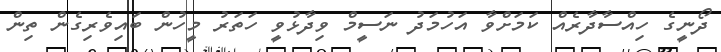
ދޯނީގެ ހިއްސާދާރެއް ކަމަށްވާ އަހުމަދު ނަސީމް ވިދާޅުވީ ހަތަރު މީހުން ބައިވެރިގެން ތިން